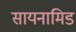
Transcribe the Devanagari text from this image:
सायनामिड